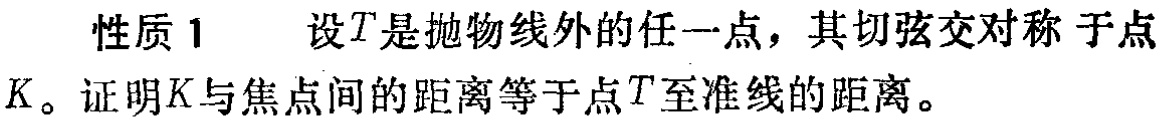
性质 1 设\(T\)是抛物线外的任一点，其切弦交对称 于点\(K\)。证明\(K\)与焦点间的距离等于点\(T\)至准线的距离。